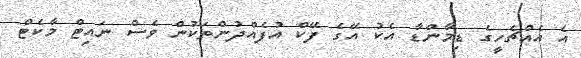
އެ އެއްޗެހީީގެ ޑިމާންޑާ އެކު އޭގެ ފޭކް އުފެއްދުންތަކުން ވެސް ނައިޓް މާކެޓް